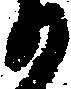
日